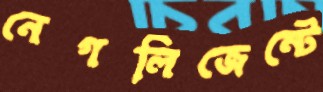
নেগলিজেন্টে